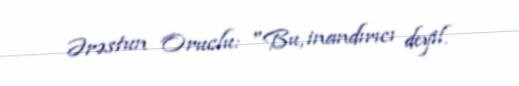
Ərəstun Oruclu: "Bu, inandırıcı deyil.